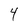
Character: 4